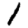
Digit: 1